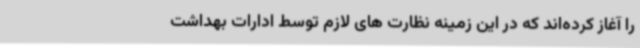
را آغاز کرده‌اند که در این زمینه نظارت های لازم توسط ادارات بهداشت